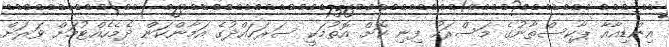
އިންޑިއާއާ ޕާކިސްތާނުގެ މަސްރަހު ފިނި ކޮށް އޮތުމަކީ ސަރަހައްދުގެ އަމާންކަން ދެމެހެއްޓުމަށް ވަރަށް